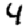
Digit: 4